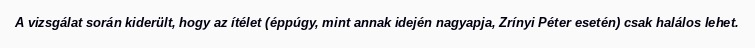
A vizsgálat során kiderült, hogy az ítélet (éppúgy, mint annak idején nagyapja, Zrínyi Péter esetén) csak halálos lehet.